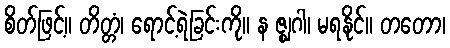
စိတ်ဖြင့်။ တိတ္တံ၊ ရောင့်ရဲခြင်းကို။ န ဇ္ဈဂါ၊ မရနိုင်။ တတော၊